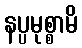
နပ္ပမုစ္စာမိ